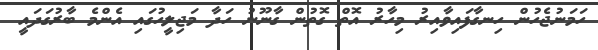
ހަމަނުޖެހުން ހިނގާފައިވާއިރު މިހާރު އޮތް ގޮތުން ގާނޫނު ހަދާ މަޖިލީހުގައި އެންމެ ބާރުގަދައީ